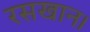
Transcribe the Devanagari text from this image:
रसखान।